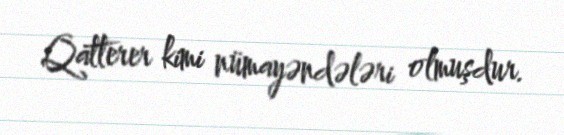
Qatterer kimi nümayəndələri olmuşdur.